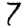
Digit: 7